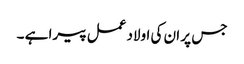
جس پر ان کی اولاد عمل پیرا ہے ۔